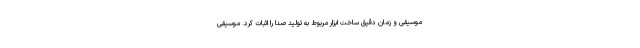
موسیقی و زمان دقیق ساخت ابزار مربوط به تولید صدا را اثبات کرد. موسیقی